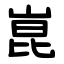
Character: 崑